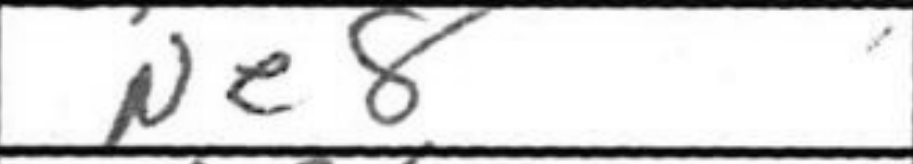
Transcription: Ne8